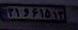
۲۱و۶۱۵۱۳